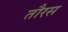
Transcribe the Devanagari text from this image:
तौरस